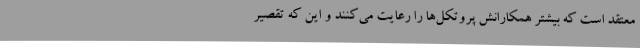
معتقد است که بیشتر همکارانش پروتکل‌ها را رعایت می‌کنند و این که تقصیر